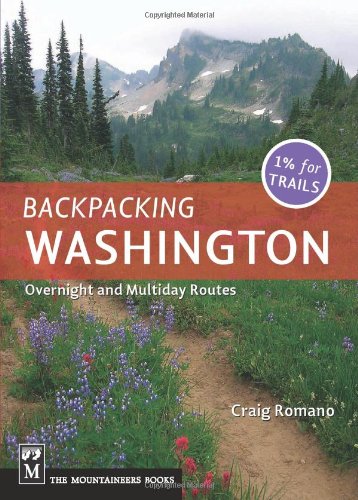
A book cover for Backpacking Washington: Overnight and Multi-Day Routes; Craig Romano; Sports & Outdoors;